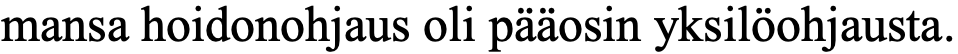
mansa hoidonohjaus oli pääosin yksilöohjausta.